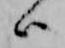
ハ